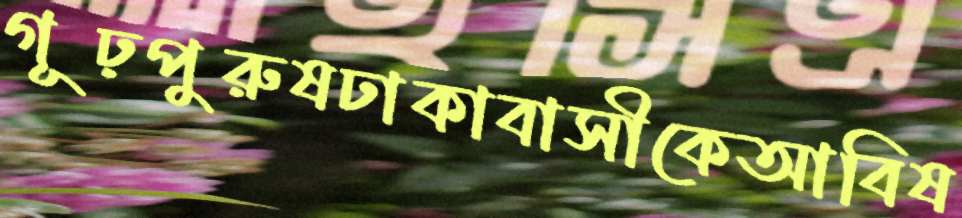
গূঢ়পুরুষঢাকাবাসীকেআবিষ